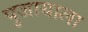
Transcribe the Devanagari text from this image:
पुजायाला